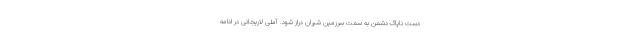
دست ناپاک دشمن به سمت سرزمین شیران دراز شود. آملی لاریجانی در ادامه